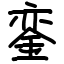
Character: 銮